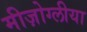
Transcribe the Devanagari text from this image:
मीज़ोग्लीया